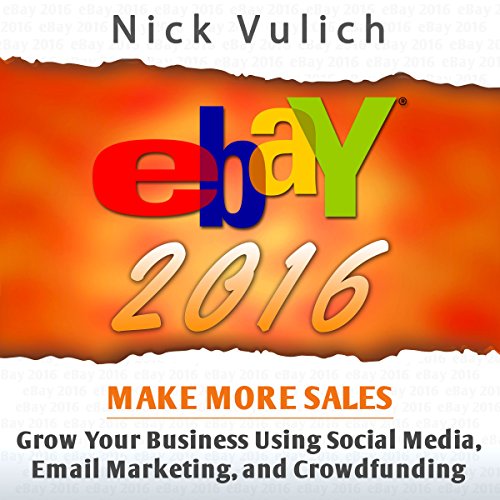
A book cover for eBay 2016: Grow Your Business Using Social Media,Email Marketing, and Crowdfunding; Nick Vulich; Computers & Technology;